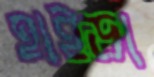
হাইড়া